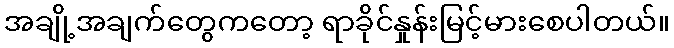
အချို့အချက်တွေကတော့ ရာခိုင်နှုန်းမြင့်မားစေပါတယ်။